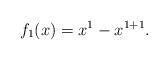
LaTeX: \begin{align*}f_1(x)=x^{1}-x^{1+1}.\end{align*}